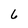
Character: 6